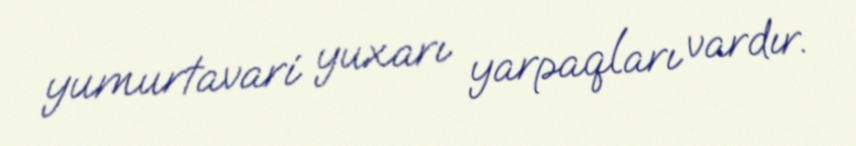
yumurtavari yuxarı yarpaqları vardır.